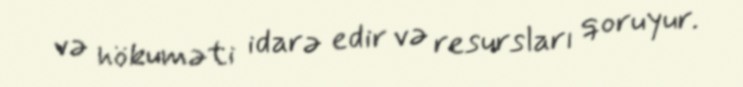
və hökuməti idarə edir və resursları qoruyur.